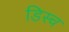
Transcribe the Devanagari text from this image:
डिस्च